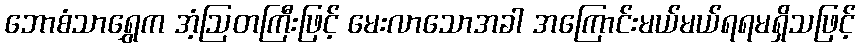
ဘောစံသာရွှေက အံ့ဩတကြီးဖြင့် မေးလာသောအခါ အကြောင်းမယ်မယ်ရရမရှိသဖြင့်